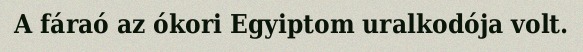
A fáraó az ókori Egyiptom uralkodója volt.